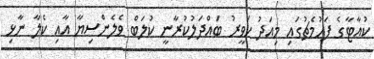
ކުއާޓާގެ ފަހުމެޗުގައި މިއަދު ހަވީރު ބައްދަލުކުރާނީ ކުލަބް ވެލެންސިޔާ އާއި ކެލާ ނާޅި